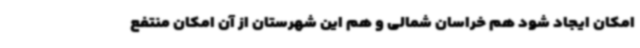
امکان ایجاد شود هم خراسان شمالی و هم این شهرستان از آن امکان منتفع